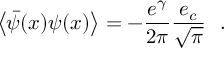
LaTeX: \left< \bar { \psi } ( x ) \psi ( x ) \right> = - \frac { e ^ { \gamma } } { 2 \pi } \frac { e _ { c } } { \sqrt { \pi } } ~ ~ .